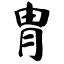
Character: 胄